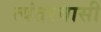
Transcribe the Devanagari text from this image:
त्यंतरवासी